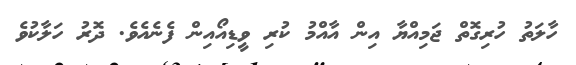
ހާލަތު ހުރިގޮތް ޖަމިއްޔާ އިން އާއްމު ކުރި ވީޑިއޯއިން ފެނެއެވެ. ދޮރު ހަލާކުވެ